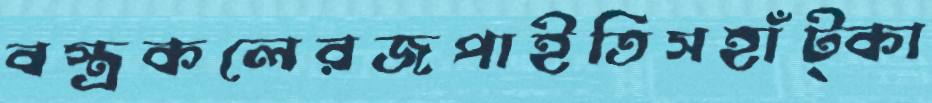
বস্ত্রকলেরজপাইতিসহাঁট্‌কা